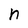
Character: n